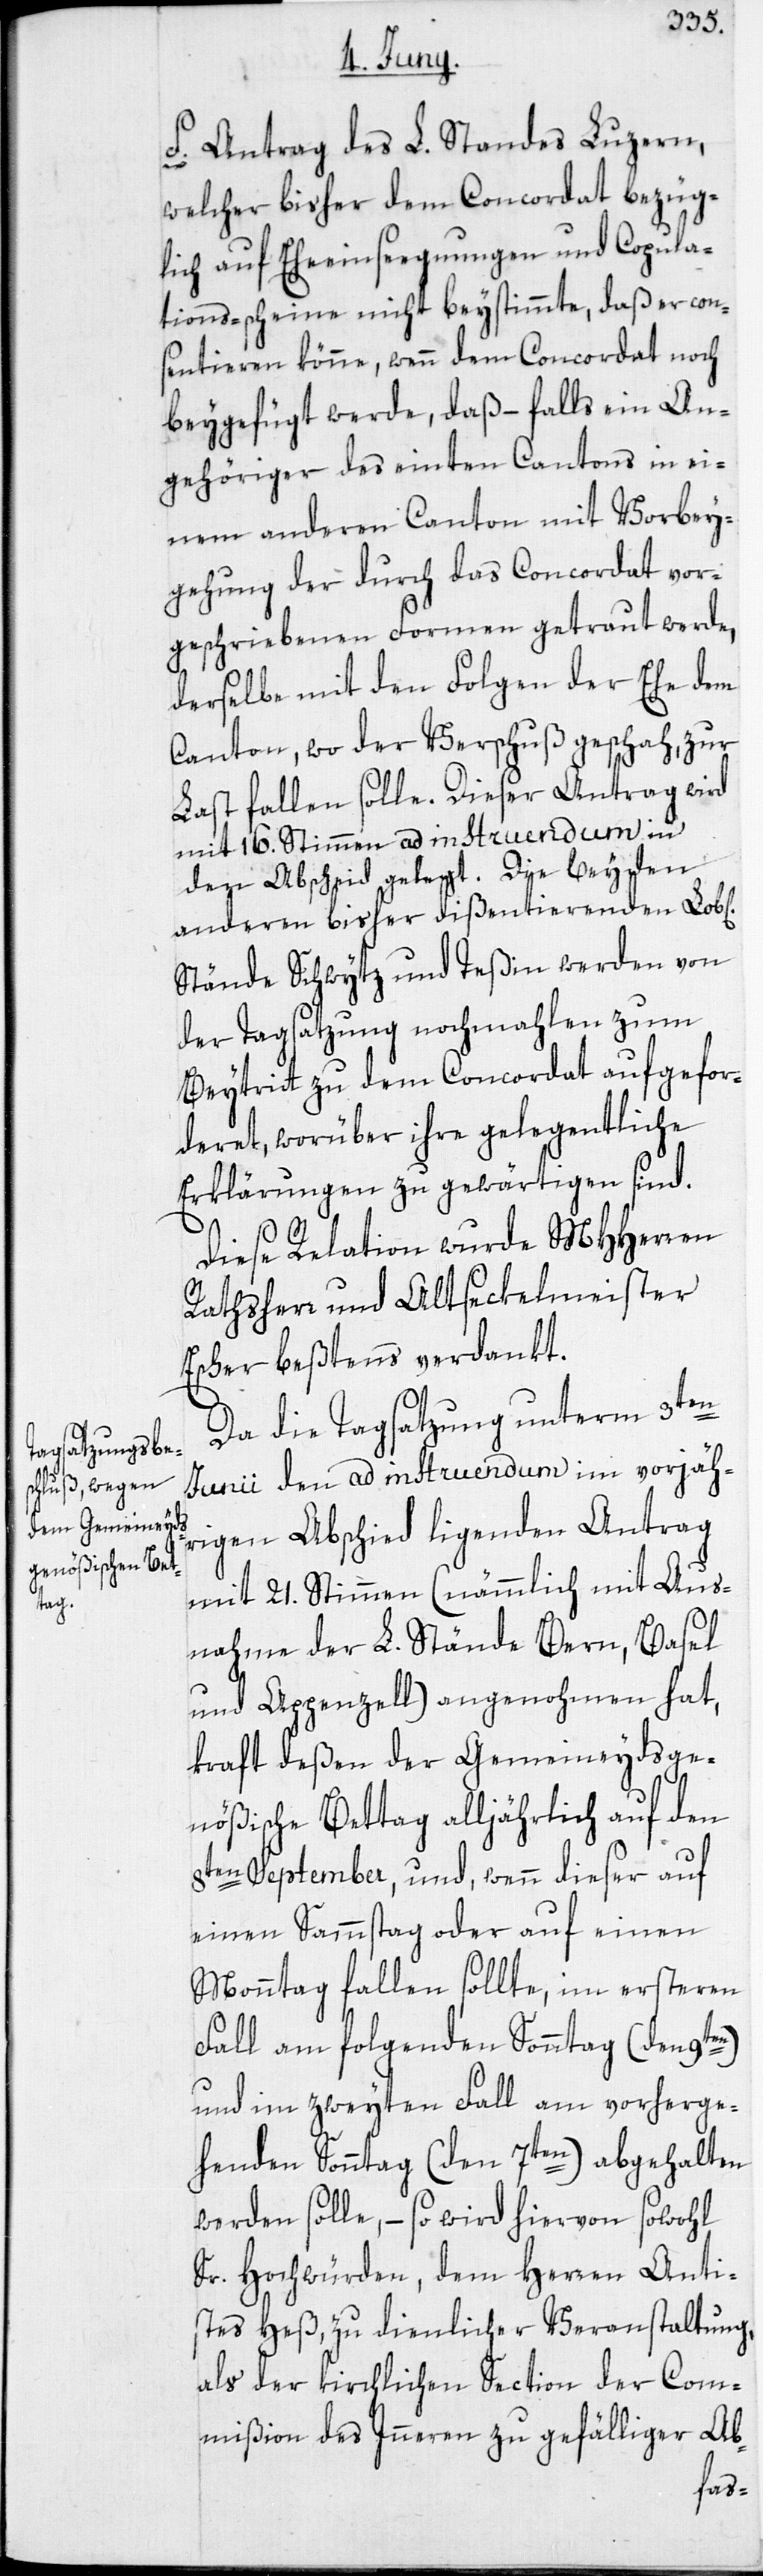
chen]

f. Antrag des L. Standes Luzern,
welcher bisher dem Concordat bezüg¬
lich auf Eheeinsegnungen und Copula¬
tions-scheine nicht beystimmte, daß er con¬
sentieren könne, wenn dem Concordat noch
beygefügt werde, daß – falls ein An¬
gehöriger des einten Cantons in ei¬
nem anderen Canton mit Vorbey¬
gehung der durch das Concordat vor¬
geschriebenen Formen getraut werde,
derselbe mit den Folgen der Ehe dem
Canton, wo der Verschuß geschah, zur
Last fallen solle. Dieser Antrag wird
mit 16. Stimmen ad instruendum in
den Abscheid gelegt. Die beyden
anderen bisher dißentierenden Lob[li¬
Stände Schwytz und Teßin werden von
der Tagsatzung nochmahlen zum
Beytritt zu dem Concordat aufgefor¬
deret, worüber ihre gelegentliche
Erklärungen zu gewärtigen sind.
Diese Relation wurde MHHerren
Rathsherr und Altseckelmeister
Escher beßtens verdankt.
Da die Tagsatzung unterm 3ten
Junii den ad instruendum im vorjäh¬
rigen Abschied ligenden Antrag
mit 21. Stimmen (nämmlich mit Aus¬
nahme der L. Stände Bern, Basel
und Appenzell) angenohmen hat,
kraft deßen der Gemeineydsge¬
nößische Bettag alljährlich auf den
8ten September, und, wenn dieser auf
einen Sammstag oder auf einen
Monntag fallen sollte, im ersteren
Fall am folgenden Sonntag (den 9ten)
und im zweyten Fall am vorherge¬
henden Sonntag (den 7ten) abgehalten
werden solle, – so wird hievon sowohl
Sr. Hochwürden, dem Herren Anti¬
stes Heß, zu dienlicher Veranstaltung,
als der kirchlichen Section der Com¬
mißion des Inneren zu gefälliger Ab-